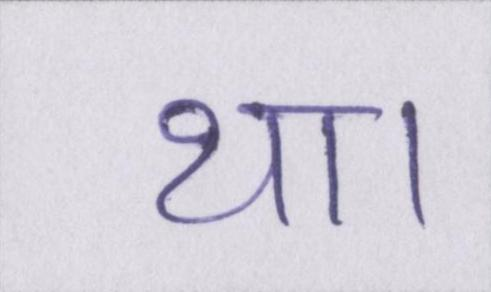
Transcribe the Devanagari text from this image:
था।